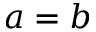
a = b